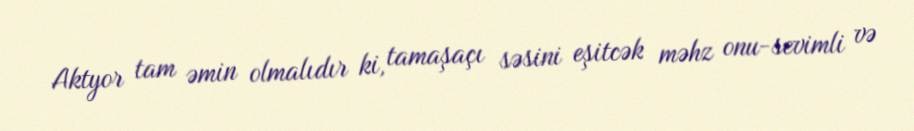
Aktyor tam əmin olmalıdır ki, tamaşaçı səsini eşitcək məhz onu-sevimli və